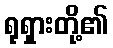
ရုရှားတို့၏